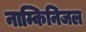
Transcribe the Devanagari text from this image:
नाम्किनिजल